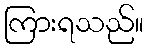
ကြားရသည်။